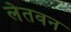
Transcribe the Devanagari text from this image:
लेतवन